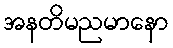
အနတိမညမာနော